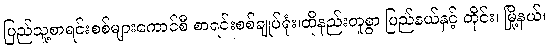
ပြည်သူ့စာရင်းစစ်များကောင်စီ စာရင်းစစ်ချုပ်ရုံး၊ထိုနည်းတူစွာ ပြည်နယ်နှင့် တိုင်း၊ မြို့နယ်၊